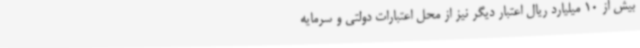
بیش از 10 میلیارد ریال اعتبار دیگر نیز از محل اعتبارات دولتی و سرمایه